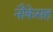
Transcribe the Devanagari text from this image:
नौकेसह